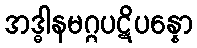
အဒ္ဓါနမဂ္ဂပဋိပန္နော